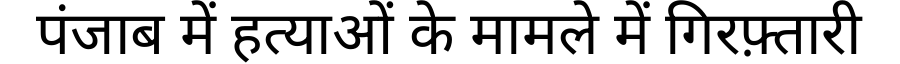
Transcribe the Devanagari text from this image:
पंजाब में हत्याओं के मामले में गिरफ़्तारी